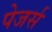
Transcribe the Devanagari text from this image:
पेजर्स